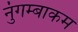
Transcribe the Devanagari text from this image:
नुंगम्बाकम